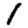
Digit: 1